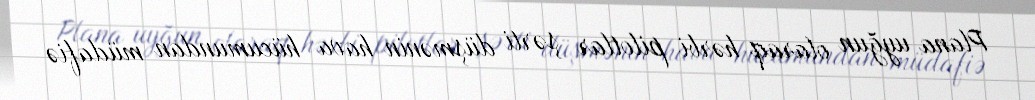
Plana uyğun olaraq hərbi pilotlar şərti düşmənin hava hücumundan müdafiə